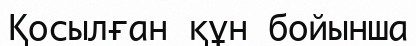
Қосылған құн бойынша